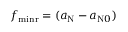
f _ { \mathrm { m i n r } } = ( a _ { \mathrm { N } } - a _ { \mathrm { N } 0 } )